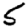
Digit: 5